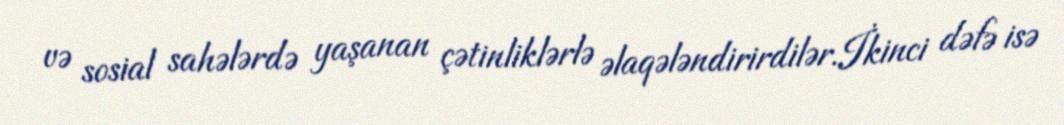
və sosial sahələrdə yaşanan çətinliklərlə əlaqələndirirdilər.İkinci dəfə isə